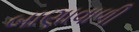
બાણાવાળી